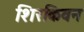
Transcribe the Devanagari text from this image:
शिरकिवन